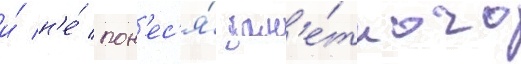
и́ н'е́ пон'ес'я́ зам'е́тного